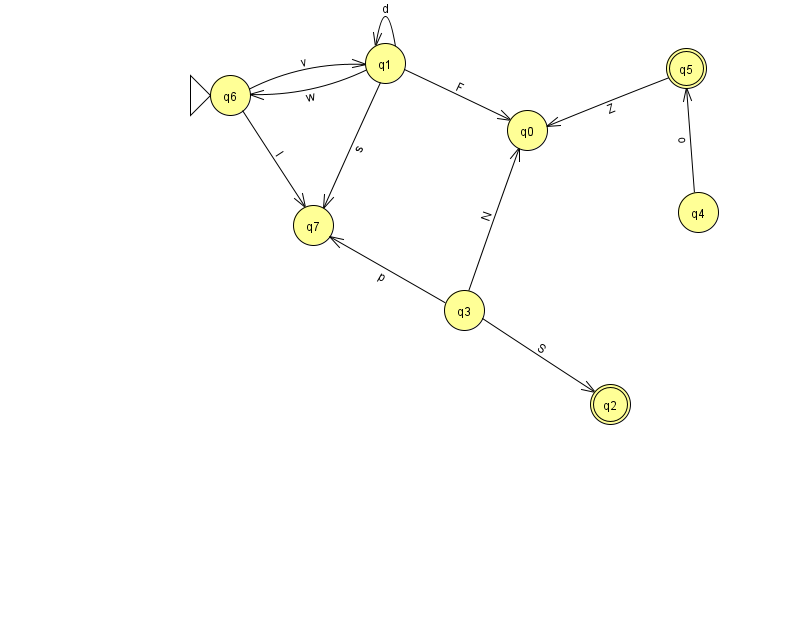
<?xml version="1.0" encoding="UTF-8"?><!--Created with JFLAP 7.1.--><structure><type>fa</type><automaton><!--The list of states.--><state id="0" name="q0"><x>527.0</x><y>117.0</y></state><state id="1" name="q1"><x>385.0</x><y>50.0</y></state><state id="2" name="q2"><x>610.0</x><y>391.0</y><final/></state><state id="3" name="q3"><x>464.0</x><y>297.0</y></state><state id="4" name="q4"><x>698.0</x><y>199.0</y></state><state id="5" name="q5"><x>686.0</x><y>55.0</y><final/></state><state id="6" name="q6"><x>230.0</x><y>82.0</y><initial/></state><state id="7" name="q7"><x>313.0</x><y>212.0</y></state><!--The list of transitions.--><transition><from>1</from><to>0</to><read>F</read></transition><transition><from>5</from><to>0</to><read>Z</read></transition><transition><from>1</from><to>1</to><read>d</read></transition><transition><from>3</from><to>0</to><read>N</read></transition><transition><from>4</from><to>5</to><read>o</read></transition><transition><from>6</from><to>7</to><read>l</read></transition><transition><from>3</from><to>2</to><read>S</read></transition><transition><from>1</from><to>7</to><read>s</read></transition><transition><from>3</from><to>7</to><read>p</read></transition><transition><from>1</from><to>6</to><read>w</read></transition><transition><from>6</from><to>1</to><read>v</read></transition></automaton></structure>